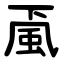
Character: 颪